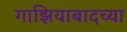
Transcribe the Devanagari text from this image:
गाझियाबादच्या